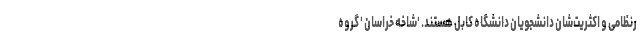
رنظامی و اکثریت‌شان دانشجویان دانشگاه کابل هستند. 'شاخه خراسان ' گروه